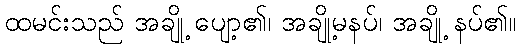
ထမင်းသည် အချို့ ပျော့၏၊ အချို့မနပ်၊ အချို့ နပ်၏။